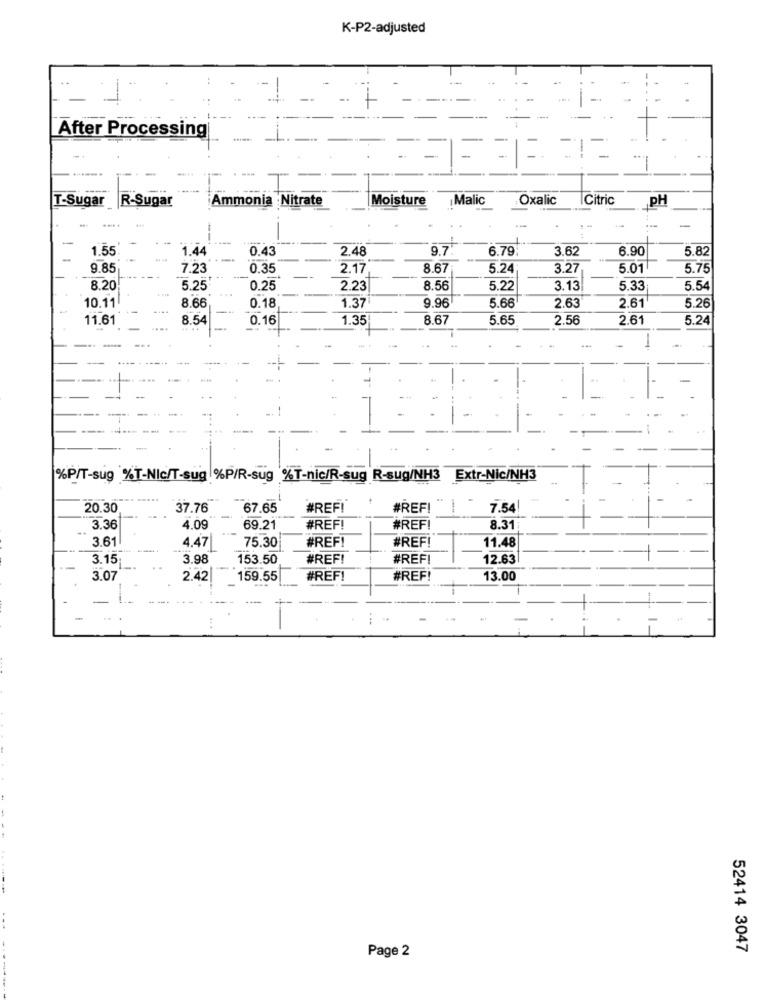
K-P2-adjusted
-
-
....
-
-
After Processing
........
T-Sugar
Ammonia : Nitrate
Moisture
Malic
Oxalic
Citric
R-Sugar
PH
1.55
1.44
0.43
2.48
9.7.
6.79
3.62
6.90
5.8
9.85
7.23
0.35
2.17
8.67
5.24
3.27
5.01
5.75
8.20
5.25
0.25
2.23
8.56
5.22
3.13
5.33
5.54
1.37
9.96
5.66
10.11
8.66
0.18
2.63
2.61
5.26
11.61
8.54
0.16
1.35
8.67
5.65
2.56
2.61
5.24
-
%P/T-sug %T-NIc/T-sug %P/R-sug %T-nic/R-sug R-sug/NH3
Extr-Nic/NH3
20.30
37.76
67.65
#REFI
#REFI
7.54
3.36
4.09
69.21
#REF!
#REF!
8.31
3.61
#REF!
#REF!
4.47
75.30
11.48
3.15;
3.98
153.50
#REF!
#REFI
12.63
3.07
2.42
159.55
#REF!
#REF!
13.00
-
-
Page 2
52414 3047